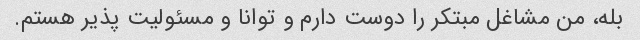
بله، من مشاغل مبتکر را دوست دارم و توانا و مسئولیت پذیر هستم.